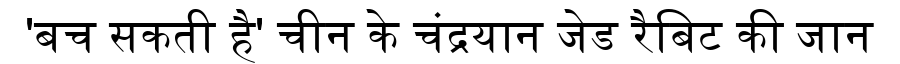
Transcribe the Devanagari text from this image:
'बच सकती है' चीन के चंद्रयान जेड रैबिट की जान